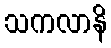
သကလာနိ